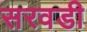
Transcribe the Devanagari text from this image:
सरवडी